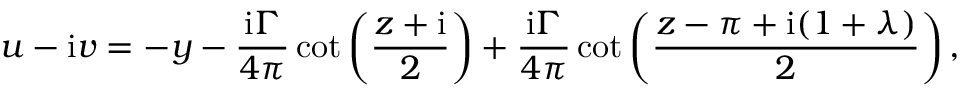
u - \mathrm { i } v = - y - { \frac { \mathrm { i } \Gamma } { 4 \pi } } \cot \left( { \frac { z + \mathrm { i } } { 2 } } \right) + { \frac { \mathrm { i } \Gamma } { 4 \pi } } \cot \left( { \frac { z - \pi + \mathrm { i } ( 1 + \lambda ) } { 2 } } \right) ,